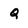
Character: Q